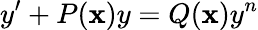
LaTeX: y^{\prime}+P(\mathbf{x})y=Q(\mathbf{x})y^{n}